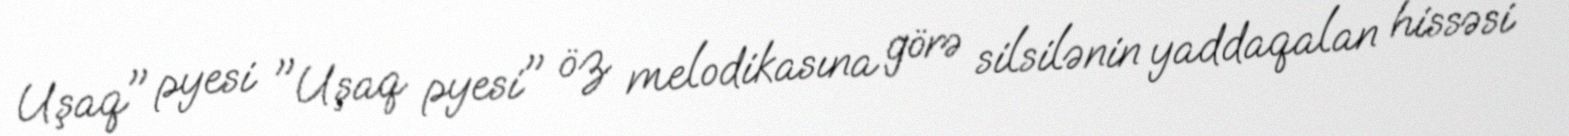
Uşaq" pyesi "Uşaq pyesi" öz melodikasına görə silsilənin yaddaqalan hissəsi